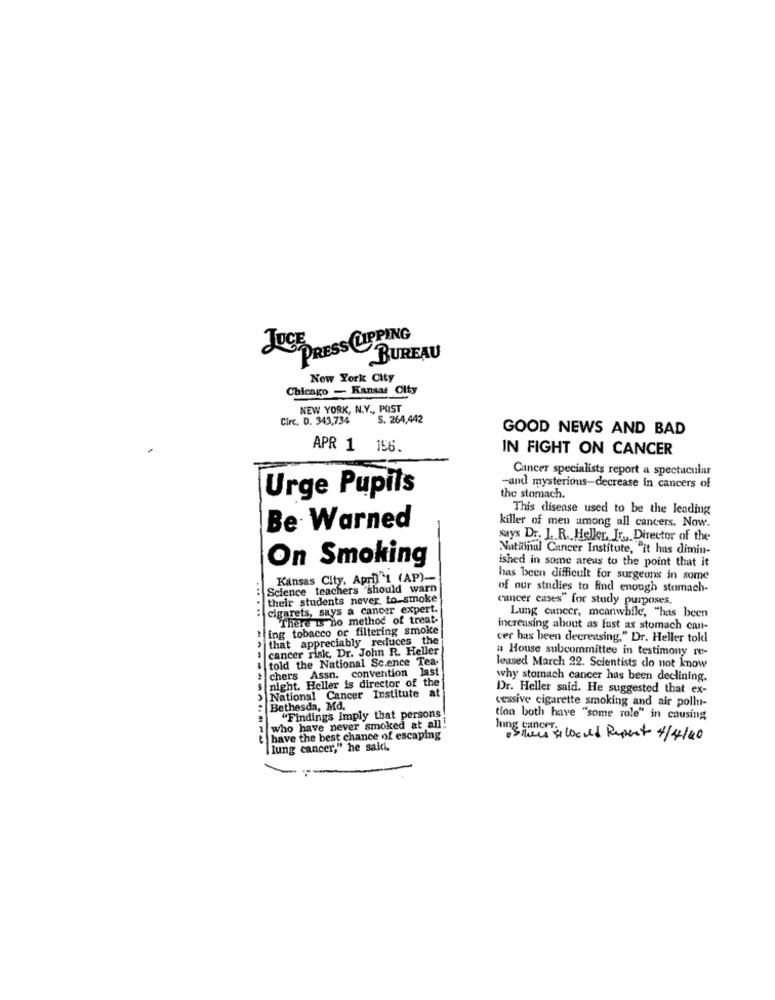
JUSTDRESS CLIPPING
BUREAU
New York City
Chicago - Kansas City
NEW YORK, N.Y ., PAST
Circ, D. 343,734
S. 264,442
GOOD NEWS AND BAD
APR 1 156.
IN FIGHT ON CANCER
Cancer specialists report a spectacular
Urge Pupils
-and mysterious-decrease in cancers of
the stomach.
This disease used to be the leading
Be Warned
killer of men among all cancers. Now.
says Dr. J. R. Heller, Jr ., Director of the
Natinal Cancer Institute, "it has dimin-
On Smoking
ished in some areas to the point that it
Kansas City. April"t (AP)-
has been difficult for surgeons in some
Science teachers should warn
of our studies to find enough stomach-
their students never to-smoke
cancer cases" for study purposes.
cigarets, says a cancer expert.
There Is no method of treat.
Lung cancer, meanwhile, "has been
ing tobacco or filtering smoke
increasing about as fast as stomach can-
that appreciably reduces the
cer has been decreasing," Dr. Heller told
cancer risk, Dr. John R. Heller
a House subcommittee in testimony re-
told the National Sc.ence Tea-
chers Assn. convention last
leased March 22. Scientists do not know
why stomach cancer has been declining.
National Cancer Institute at
night. Heller is director of the
Dr. Heller said. He suggested that ex-
Bethesda, Md.
cessive cigarette smoking and air pollut-
"Findings imply that persons
tion both have "some role" in causing
who have never smoked at all
hing cancer,
...... ----------
have the best chance of escaping
Siaussi locked Report 4/4/20
lung cancer," he saidi.